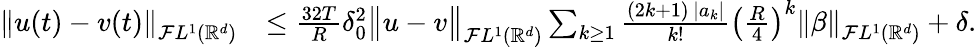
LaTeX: \begin{array}{rl}{\left\| u(t)-v(t)\right\| _{\mathcal{F}L^{1}({\mathbb{R}}^{d})}}&{\le\frac{32T}{R}\delta_{0}^{2}\big\Vert u-v\big\Vert_{\mathcal{F}L^{1}({\mathbb{R}}^{d})}\sum_{k\ge 1}\frac{(2k+1)\, |a_{k}|}{k!}\left(\frac{R}{4}\right)^{k}\left\| \beta\right\| _{\mathcal{F}L^{1}({\mathbb{R}}^{d})}+\delta.}\end{array}